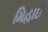
મિહાઈ